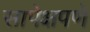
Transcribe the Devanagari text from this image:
सापेक्षपणे